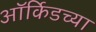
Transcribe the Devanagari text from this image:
ऑर्किडच्या